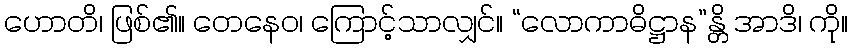
ဟောတိ၊ ဖြစ်၏။ တေနေဝ၊ ကြောင့်သာလျှင်။ “လောကာဓိဋ္ဌာန”န္တိ အာဒိ၊ ကို။